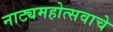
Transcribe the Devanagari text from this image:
नाट्यमहोत्सवाचे